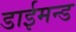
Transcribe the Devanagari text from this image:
डाईमन्ड